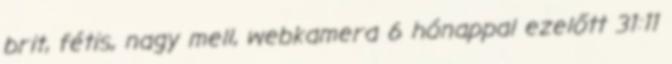
brit, fétis, nagy mell, webkamera 6 hónappal ezelőtt 31:11